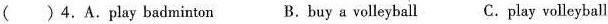
( )4.A.Play badminton B.Buy a volleyball C.play volleyball